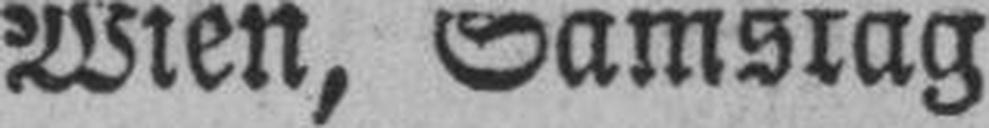
Wien, Samstag